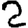
Digit: 2